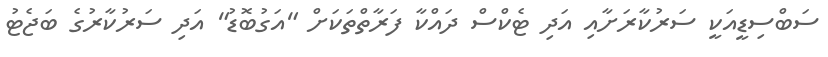
ސަބްސިޑީއަކީ ސަރުކާރަށާއި އަދި ޓެކްސް ދައްކާ ފަރާތްތަކަށް "އަގުބޮޑު" އަދި ސަރުކާރުގެ ބަޖެޓު